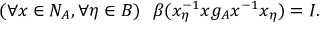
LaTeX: ( \forall x \in N _ { A } , \forall \eta \in B ) ~ ~ \beta ( x _ { \eta } ^ { - 1 } x g _ { A } x ^ { - 1 } x _ { \eta } ) = I .